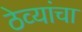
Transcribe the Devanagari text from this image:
ठेव्यांचा